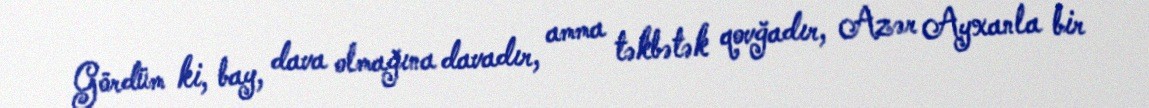
Gördüm ki, bay, dava olmağına davadır, amma təkbətək qovğadır, Azər Ayxanla bir